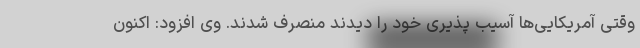
وقتی آمریکایی‌ها آسیب پذیری خود را دیدند منصرف شدند. وی افزود: اکنون